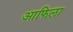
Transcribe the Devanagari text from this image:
आफिला